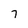
Character: 7